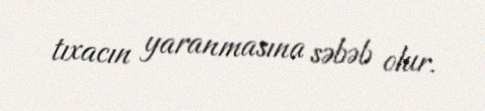
tıxacın yaranmasına səbəb olur.